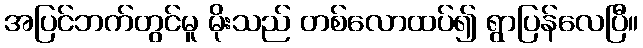
အပြင်ဘက်တွင်မူ မိုးသည် တစ်လောထပ်၍ ရွာပြန်လေပြီ။